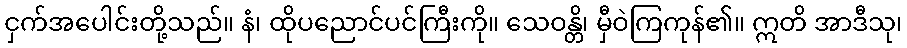
ငှက်အပေါင်းတို့သည်။ နံ၊ ထိုပညောင်ပင်ကြီးကို။ သေဝန္တိ၊ မှီဝဲကြကုန်၏။ ဣတိ အာဒီသု၊